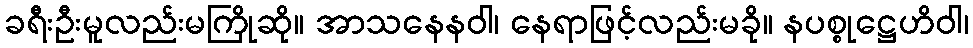
ခရီးဦးမူလည်းမကြိုဆို။ အာသနေနဝါ၊ နေရာဖြင့်လည်းမခို။ နပစ္စုဋ္ဌေဟိဝါ၊